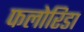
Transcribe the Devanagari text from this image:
फलोरिडा